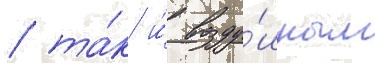
/ та́к и́ возду́шным